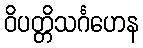
ဝိပတ္တိသင်္ဂဟေန